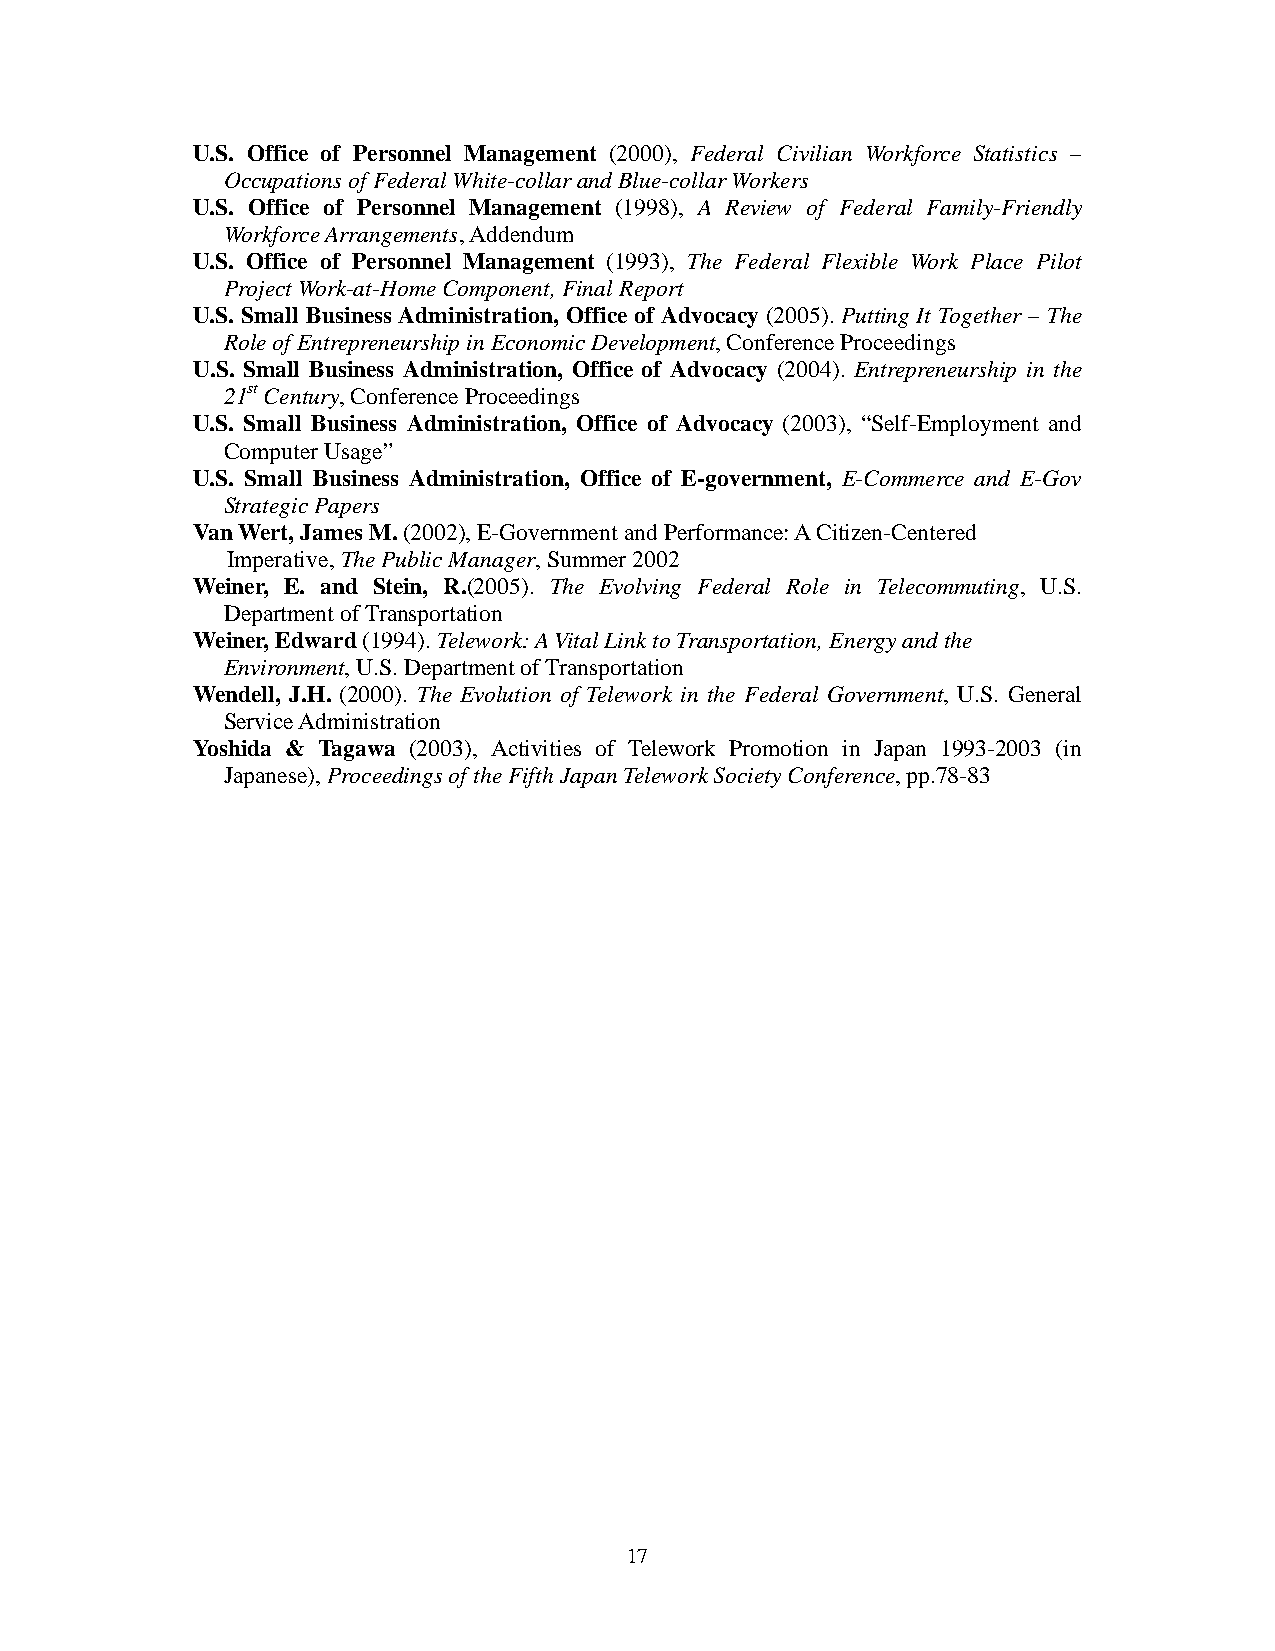
U.S. Office of Personnel Management (2000), Federal Civilian Workforce Statistics –
 Occupations of Federal White-collar and Blue-collar Workers
 U.S. Office of Personnel Management (1998), A Review of Federal Family-Friendly
 Workforce Arrangements, Addendum
 U.S. Office of Personnel Management (1993), The Federal Flexible Work Place Pilot
 Project Work-at-Home Component, Final Report
 U.S. Small Business Administration, Office of Advocacy (2005). Putting It Together – The
 Role of Entrepreneurship in Economic Development, Conference Proceedings
 U.S. Small Business Administration, Office of Advocacy (2004). Entrepreneurship in the
 21st Century, Conference Proceedings
 U.S. Small Business Administration, Office of Advocacy (2003), “Self-Employment and
 Computer Usage”
 U.S. Small Business Administration, Office of E-government, E-Commerce and E-Gov
 Strategic Papers
 Van Wert, James M. (2002), E-Government and Performance: A Citizen-Centered
 Imperative, The Public Manager, Summer 2002
 Weiner, E. and Stein, R.(2005). The Evolving Federal Role in Telecommuting, U.S.
 Department of Transportation
 Weiner, Edward (1994). Telework: A Vital Link to Transportation, Energy and the
 Environment, U.S. Department of Transportation
 Wendell, J.H. (2000). The Evolution of Telework in the Federal Government, U.S. General
 Service Administration
 Yoshida & Tagawa (2003), Activities of Telework Promotion in Japan 1993-2003 (in
 Japanese), Proceedings of the Fifth Japan Telework Society Conference, pp.78-83
 17